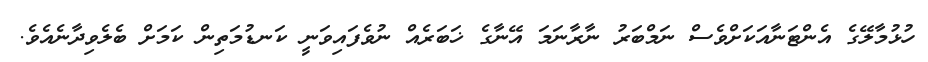
ހުޅުމާލޭގެ އެންޓަނާއަކަށްވެސް ނަމްބަރު ނާރާނަމަ އޭނާގެ ޚަބަރެއް ނުވެފައިވަނީ ކަނޑުމަތިން ކަމަށް ބެލެވިދާނެއެވެ.